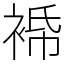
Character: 𧚓